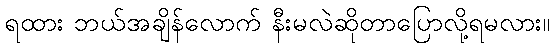
ရထား ဘယ်အချိန်လောက် နီးမလဲဆိုတာပြောလို့ရမလား။